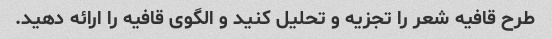
طرح قافیه شعر را تجزیه و تحلیل کنید و الگوی قافیه را ارائه دهید.